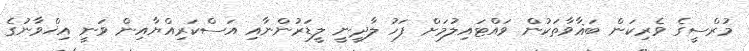
މުރްސީގެ ވެރިކަން ބަޣާވާތަކުން ވައްޓައިލުމަށް ފަހު ލާދީނީ ލީޑަރުންނާއި އަސްކަރިއްޔާއިން ވަނީ އިޚްވާނުގެ